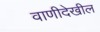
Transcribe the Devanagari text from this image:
वाणीदेखील